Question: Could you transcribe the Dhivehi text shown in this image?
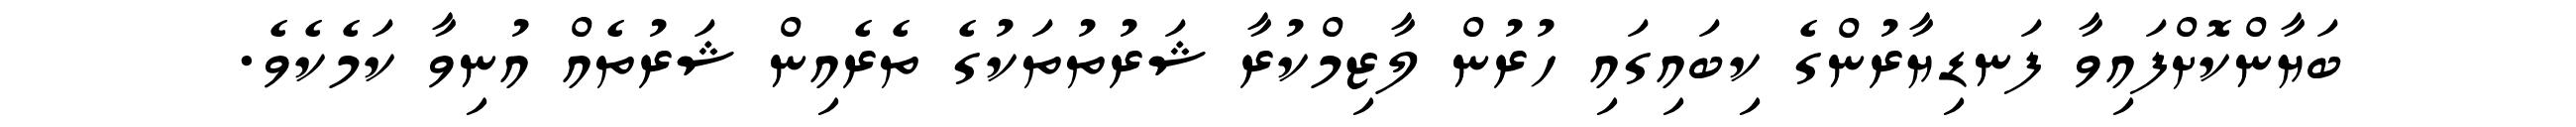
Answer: ބަޔާންކޮށްފައިވާ ފަނޑިޔާރުންގެ ކިބައިގައި ހުރުން ލާޒިމްކުރާ ޝަރުތުތަކުގެ ތެރެއިން ޝަރުތެއް އުނިވާ ކަމެކެވެ.